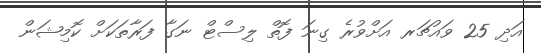
އަދި 25 ވައުޗަރ އަށްވުރެ ގިނަ ފޮތް ލިސްޓް ނަގާ ފަރާތަކަށް ކޮމިޝަން